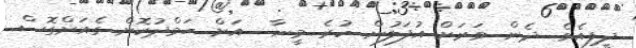
ދީފިއެވެ. ދެން ވަރަށް އުފަލުން ހުރެ މީނާ  އަށް ޙަމްދުކޮށް ގެއަށްގޮސް